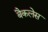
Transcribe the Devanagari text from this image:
बैकलेस